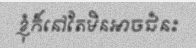
ខ្ញុំក៏នៅតែមិនអាចជំនះ